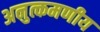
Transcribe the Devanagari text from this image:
अनुत्कमणीय